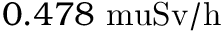
0 . 4 7 8 \mathrm { { \ m u } S v / h }